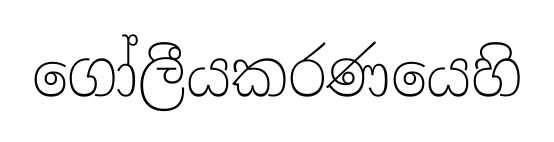
ගෝලීයකරණයෙහි